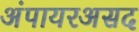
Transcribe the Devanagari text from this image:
अंपायरअसद